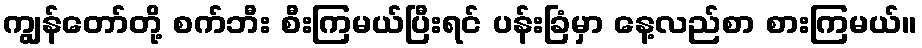
ကျွန်တော်တို့ စက်ဘီး စီးကြမယ်ပြီးရင် ပန်းခြံမှာ နေ့လည်စာ စားကြမယ်။